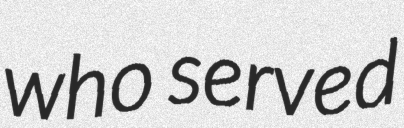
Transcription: who served